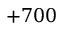
+ 7 0 0